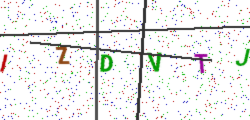
Text: IZDVTJ